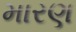
મારણ